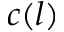
c ( l )